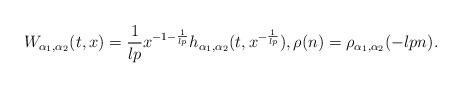
\begin{align*} W_{\alpha_{1}, \alpha_{2}}(t, x) = \frac{1}{lp} x^{-1-\frac{1}{lp}} h_{\alpha_{1}, \alpha_{2}}(t, x^{-\frac{1}{lp}}), \rho(n) = \rho_{\alpha_{1}, \alpha_{2}}(-lp n).\end{align*}